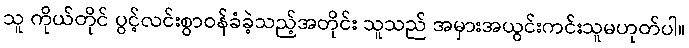
သူ ကိုယ်တိုင် ပွင့်လင်းစွာဝန်ခံခဲ့သည့်အတိုင်း သူသည် အမှားအယွင်းကင်းသူမဟုတ်ပါ။